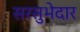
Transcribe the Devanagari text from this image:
सरसुभेदार